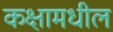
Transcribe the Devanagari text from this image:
कक्षामधील